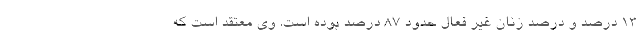
۱۳ درصد و درصد زنان غیر فعال حدود ۸۷ درصد بوده است. وی معتقد است که